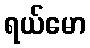
ရယ်မော